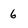
Character: 6